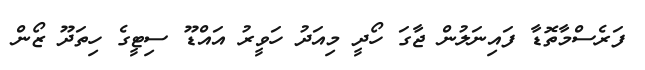
ފަރެސްމާތޮޑާ ފައިނަލުން ޖާގަ ހޯދީ މިއަދު ހަވީރު އައްޑޫ ސިޓީގެ ހިތަދޫ ޒޯން